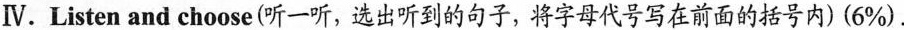
Ⅳ.Listen and choose(听一听,选出听到的句子,将字母代号写在前面的括号内)(6%).